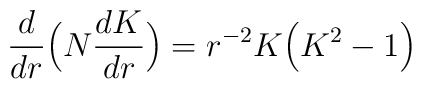
\frac{d}{dr}\Bigl(N\frac{dK}{dr}\Bigr)=r^{-2}K\Bigl(K^2 -1\Bigr)